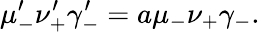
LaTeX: \mu_{-}^{\prime}\nu_{+}^{\prime}\gamma_{-}^{\prime}=a\mu_{-}\nu_{+}\gamma_{-}.